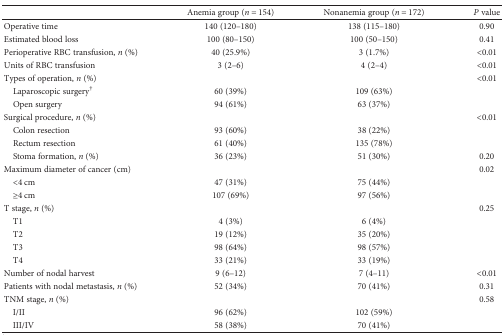
<table><thead><tr><td></td><td><b>Anemia group (<i>n</i> = 154)</b></td><td><b>Nonanemia group (<i>n</i> = 172)</b></td><td><b><i>P</i> value</b></td></tr></thead><tbody><tr><td>Operative time</td><td>140 (120–180)</td><td>138 (115–180)</td><td>0.90</td></tr><tr><td>Estimated blood loss</td><td>100 (80–150)</td><td>100 (50–150)</td><td>0.41</td></tr><tr><td>Perioperative RBC transfusion, <i>n</i> (%)</td><td>40 (25.9%)</td><td>3 (1.7%)</td><td>&lt;0.01</td></tr><tr><td>Units of RBC transfusion</td><td>3 (2–6)</td><td>4 (2–4)</td><td>&lt;0.01</td></tr><tr><td>Types of operation, <i>n</i> (%)</td><td></td><td></td><td>&lt;0.01</td></tr><tr><td> Laparoscopic surgery<sup>†</sup></td><td>60 (39%)</td><td>109 (63%)</td><td></td></tr><tr><td> Open surgery</td><td>94 (61%)</td><td>63 (37%)</td><td></td></tr><tr><td>Surgical procedure, <i>n</i> (%)</td><td></td><td></td><td>&lt;0.01</td></tr><tr><td> Colon resection</td><td>93 (60%)</td><td>38 (22%)</td><td></td></tr><tr><td> Rectum resection</td><td>61 (40%)</td><td>135 (78%)</td><td></td></tr><tr><td> Stoma formation, <i>n</i> (%)</td><td>36 (23%)</td><td>51 (30%)</td><td>0.20</td></tr><tr><td>Maximum diameter of cancer (cm)</td><td></td><td></td><td>0.02</td></tr><tr><td> &lt;4 cm</td><td>47 (31%)</td><td>75 (44%)</td><td></td></tr><tr><td> ≥4 cm</td><td>107 (69%)</td><td>97 (56%)</td><td></td></tr><tr><td>T stage, <i>n</i> (%)</td><td></td><td></td><td>0.25</td></tr><tr><td> T1</td><td>4 (3%)</td><td>6 (4%)</td><td></td></tr><tr><td> T2</td><td>19 (12%)</td><td>35 (20%)</td><td></td></tr><tr><td> T3</td><td>98 (64%)</td><td>98 (57%)</td><td></td></tr><tr><td> T4</td><td>33 (21%)</td><td>33 (19%)</td><td></td></tr><tr><td>Number of nodal harvest</td><td>9 (6–12)</td><td>7 (4–11)</td><td>&lt;0.01</td></tr><tr><td>Patients with nodal metastasis, <i>n</i> (%)</td><td>52 (34%)</td><td>70 (41%)</td><td>0.31</td></tr><tr><td>TNM stage, <i>n</i> (%)</td><td></td><td></td><td>0.58</td></tr><tr><td> I/II</td><td>96 (62%)</td><td>102 (59%)</td><td></td></tr><tr><td> III/IV</td><td>58 (38%)</td><td>70 (41%)</td><td></td></tr></tbody></table>